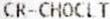
CR-CHOCLT